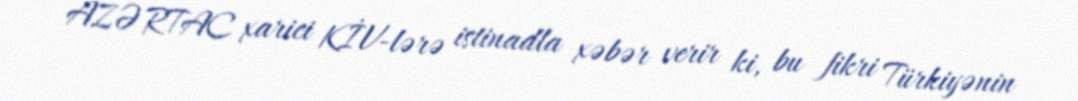
AZƏRTAC xarici KİV-lərə istinadla xəbər verir ki, bu fikri Türkiyənin